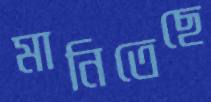
মানিতেছে